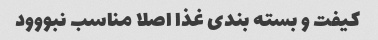
کیفت و بسته بندی غذا اصلا مناسب نبووود